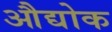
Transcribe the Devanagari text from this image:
औद्योक